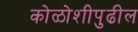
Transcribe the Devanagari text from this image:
कोळोशीपुढील